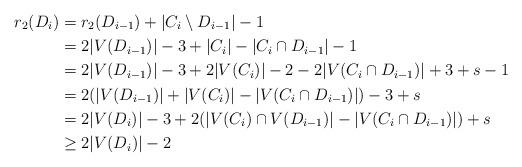
LaTeX: \begin{align*}r_2(D_i)&=r_2(D_{i-1})+|C_i\setminus D_{i-1}|-1 \\&=2|V(D_{i-1})|-3+|C_i|-|C_i\cap D_{i-1}|-1 \\&=2|V(D_{i-1})|-3+2|V(C_i)|-2-2|V(C_i\cap D_{i-1})|+3+s-1 \\&=2(|V(D_{i-1})|+|V(C_i)|-|V(C_i\cap D_{i-1})|)-3+s \\&=2|V(D_i)|-3+2(|V(C_{i})\cap V(D_{i-1})|-|V(C_i\cap D_{i-1})|)+s\\&\geq 2|V(D_i)|-2\end{align*}